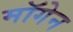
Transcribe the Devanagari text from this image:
मॉगेन